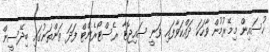
ހުސައިން މިމޭރުމުން ވާހަކަ ދައްކަވާފައި ވަނީ ސައިޖޮޓާ ރެސްޓޯރެންޓް ފަދަ ތަންތަނުގައި ބިދޭސީން